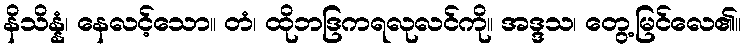
နိသိန္နံ၊ နေလင့်သော။ တံ၊ ထိုဘဒြကရလုလင်ကို။ အဒ္ဒသ၊ တွေ့မြင်လေ၏။